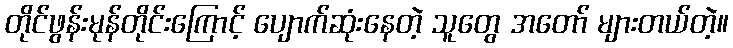
တိုင်ဖွန်းမုန်တိုင်းကြောင့် ပျောက်ဆုံးနေတဲ့ သူတွေ အတော် များတယ်တဲ့။